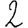
Digit: 2